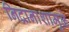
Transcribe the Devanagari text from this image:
निद्रानाशामुळे